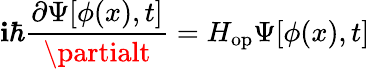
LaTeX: \mathbf{i}\hbar\frac{{\partial\Psi[\phi(x),t]}}{{\partialt}}=H_{\mathrm{{op}}}\Psi[\phi(x),t]